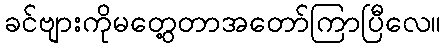
ခင်ဗျားကိုမတွေ့တာအတော်ကြာပြီလေ။